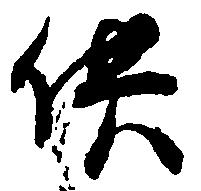
供